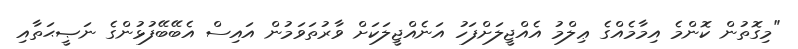
"މިގޮތުން ކޮންމެ އިމާމެއްގެ ޢިލްމު އެއްޖީލަށްފަހު އަނެއްޖީލަކަށް ވާރުތަވަމުން އައިސް އެބޭބޭފުޅުންގެ ނަޞީޙަތާއި